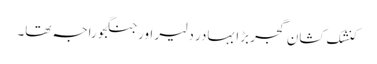
کنشک کشان گجر بڑا بہادر دلیر اور جنگجو راجہ تھا۔